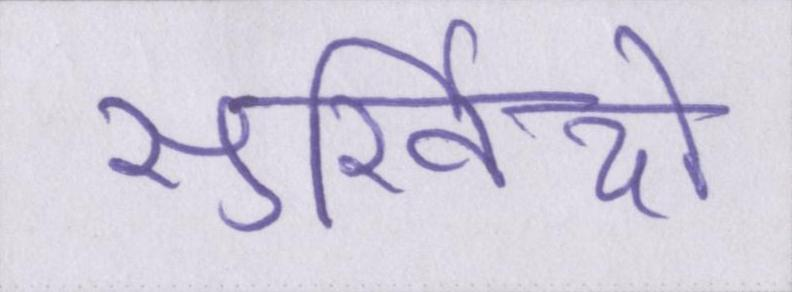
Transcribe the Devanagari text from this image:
सुर्खियों